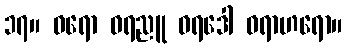
၁၇။ ဝရော ဝရညူ ဝရဒေါ ဝရာဟရော။